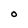
Character: O